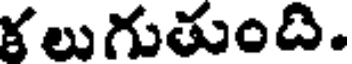
కలుగుతుంది.